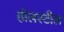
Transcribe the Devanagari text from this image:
हॉलस्टील